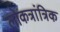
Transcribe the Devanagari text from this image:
लोकत्रांत्रिक